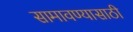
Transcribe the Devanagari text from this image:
सामावण्यासाठी